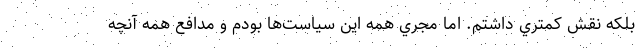
بلكه نقش كمتري داشتم. اما مجري همه اين سياست‌ها بودم و مدافع همه آنچه